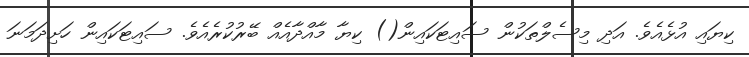
ކިޔައި އުޅެއެވެ. އަދި މިސެލްތަކުން ސައިޓަކައިން() ކިޔާ މާއްދާއެއް ބޭރުކުރެއެވެ. ސައިޓަކައިން ހަށިދަމަނަ